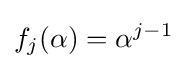
f_{j}(\alpha )=\alpha ^{j-1}